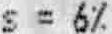
S = 6%